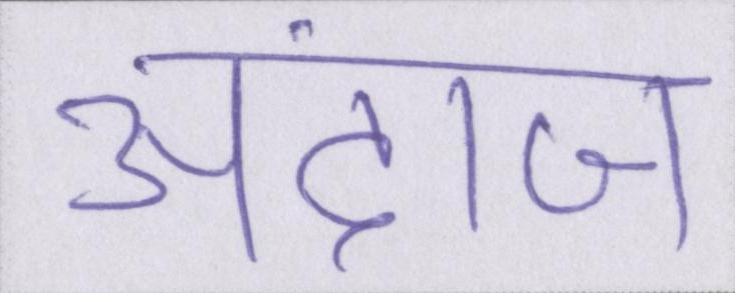
अंदाज